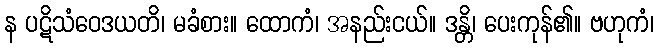
န ပဋိသံဝေဒယတိ၊ မခံစား။ ထောကံ၊ အနည်းငယ်။ ဒန္တိ၊ ပေးကုန်၏။ ဗဟုကံ၊